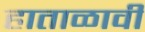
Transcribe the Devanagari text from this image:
हाताळावी